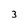
Character: 3